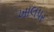
ખાલપર